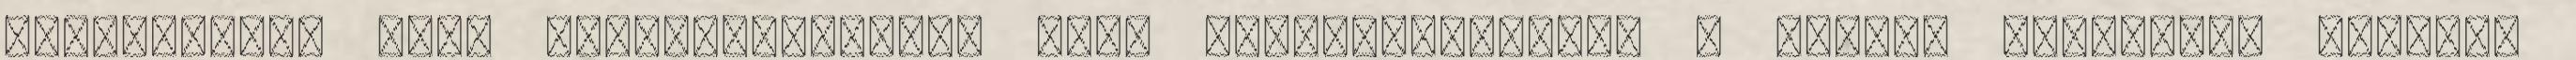
küszködtem, hogy végiggondoljam, hogy visszahódítsam. A hosszú szenvedés majdnem